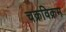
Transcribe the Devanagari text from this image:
चक्रविक्रम